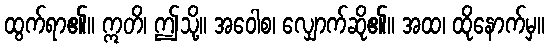
ထွက်ရာ၏။ ဣတိ၊ ဤသို့။ အဝေါစ၊ လျှောက်ဆို၏။ အထ၊ ထိုနောက်မှ။